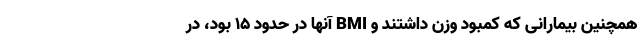
همچنین بیمارانی که کمبود وزن داشتند و BMI آنها در حدود ۱۵ بود، در